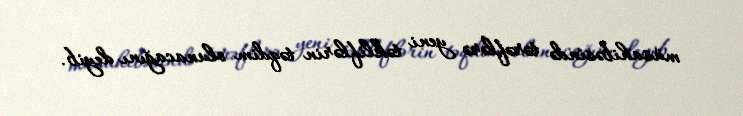
müsahibəsində tərəflərə yeni təkliflərin təqdim olunacağını deyib.